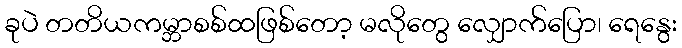
ခုပဲ တတိယကမ္ဘာစစ်ထဖြစ်တော့ မလိုတွေ လျှောက်ပြော၊ ရေနွေး